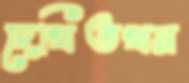
দেখিতখন